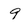
Character: 9